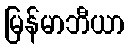
မြန်မာဘီယာ